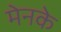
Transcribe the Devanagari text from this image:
मेनके